Leaving Certificate Examination (including Day School Certificate (Higher) General paper), 1934
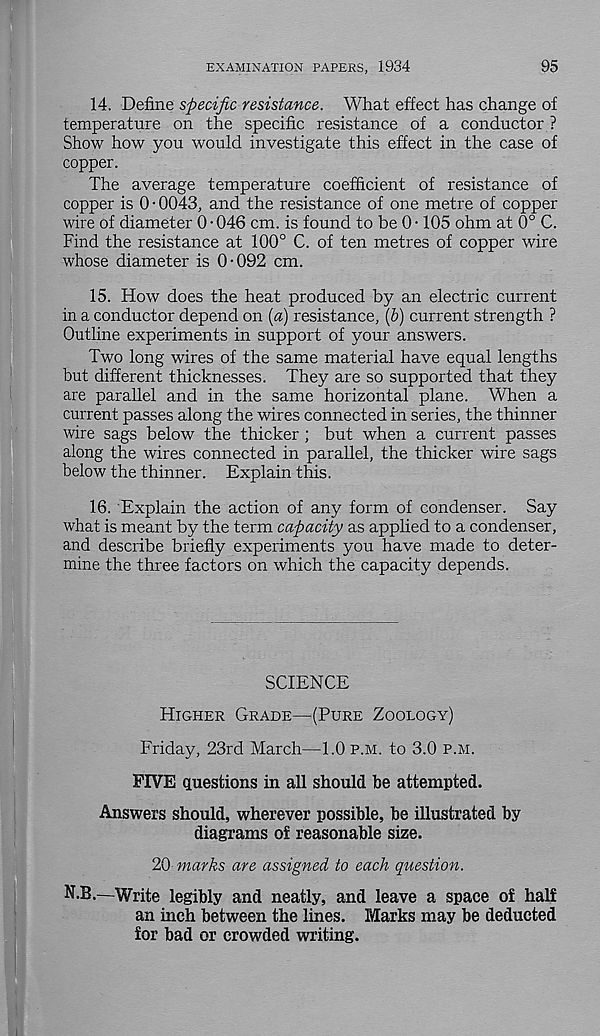
95
EXAMINATION PAPERS, 1934
14. Define specific resistance. What effect has change of
temperature on the specific resistance of a conductor ?
Show how you would investigate this effect in the case of
copper.
The average temperature coefficient of resistance of
copper is 0 • 0043, and the resistance of one metre of copper
wire of diameter 0 • 046 cm. is found to be 0 • 105 ohm at 0° C.
Find the resistance at 100° C. of ten metres of copper wire
whose diameter is 0-092 cm.
15. How does the heat produced by an electric current
in a conductor depend on (a) resistance, (6) current strength ?
Outline experiments in support of your answers.
Two long wires of the same material have equal lengths
but different thicknesses. They are so supported that they
are parallel and in the same horizontal plane. When a
current passes along the wires connected in series, the thinner
wire sags below the thicker ; but when a current passes
along the wires connected in parallel, the thicker wire sags
below the thinner. Explain this.
16. Explain the action of any form of condenser. Say
what is meant by the term capacity as applied to a condenser,
and describe briefly experiments you have made to deter-
mine the three factors on which the capacity depends.
SCIENCE
Higher Grade—(Pure Zoology)
Friday, 23rd March—1.0 p.m. to 3.0 p.m.
FIVE questions in all should be attempted.
Answers should, wherever possible, be illustrated by
diagrams of reasonable size.
20 marks are assigned to each question.
N.B.—Write legibly and neatly, and leave a space of half
an inch between the lines. Marks may be deducted
for bad or crowded writing.